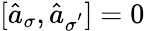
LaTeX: [\hat{a}_{\sigma},\hat{a}_{\sigma^{'}}]=0